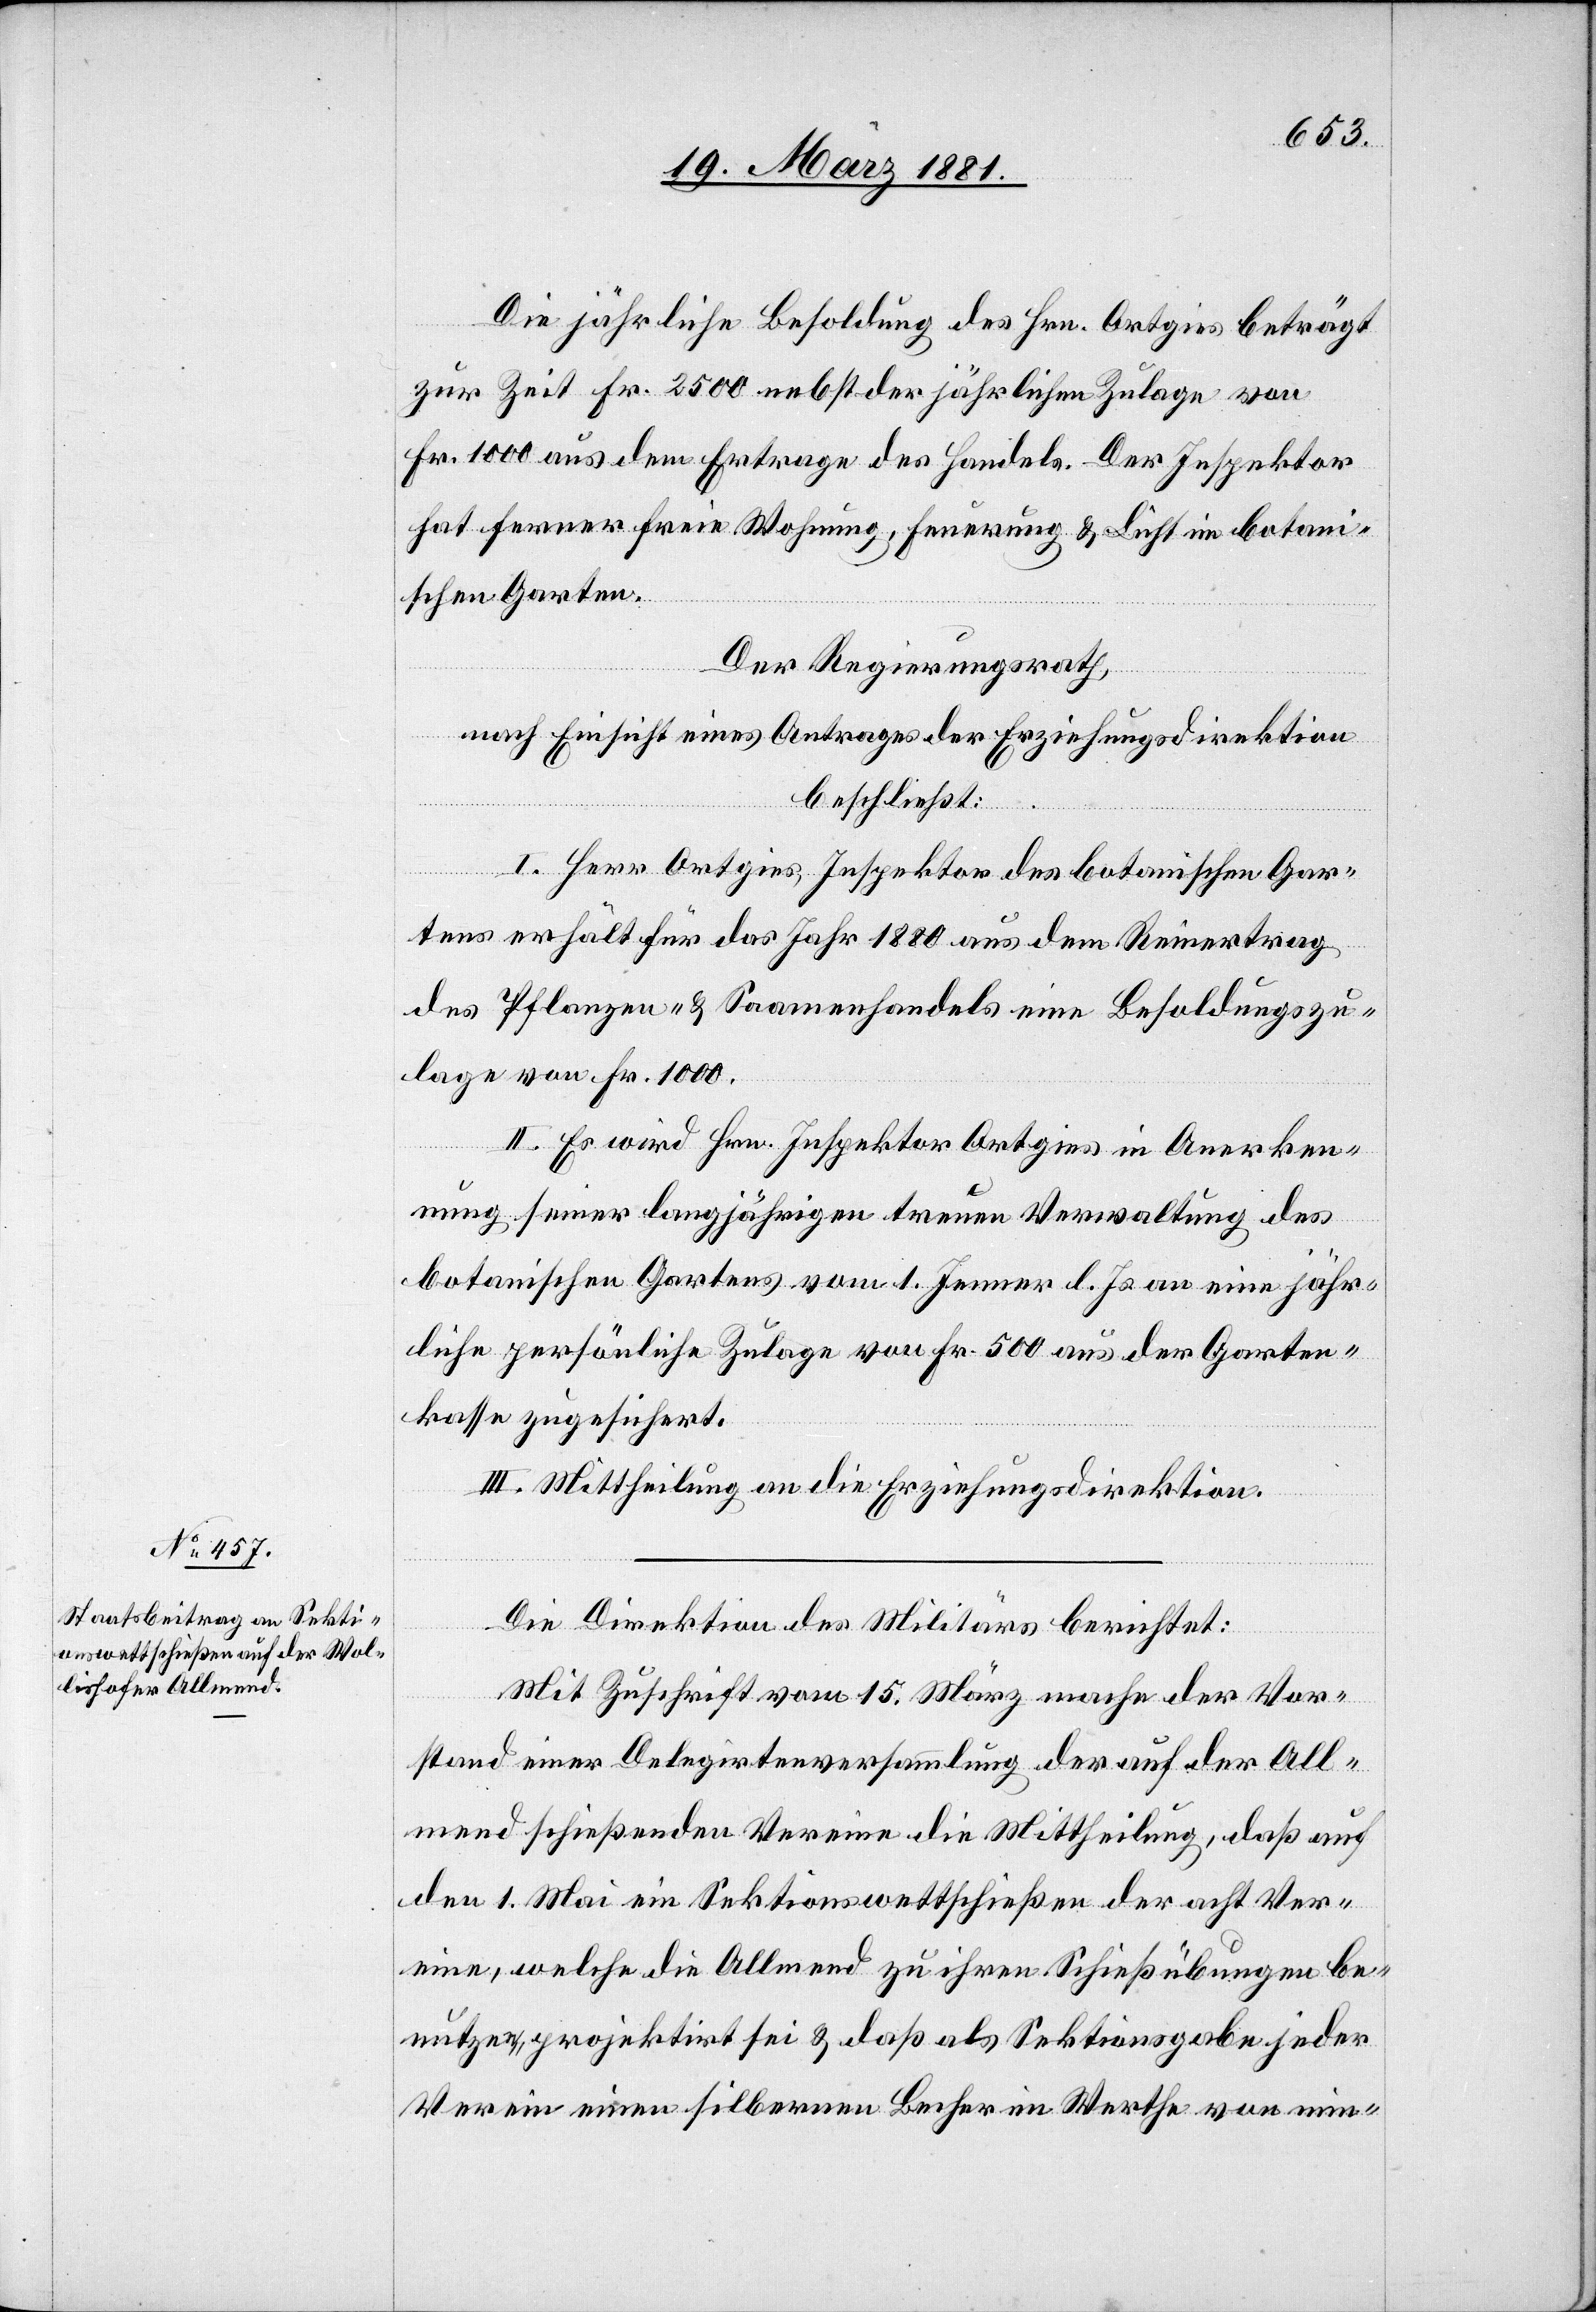
Die jährliche Besoldung des Hrn. Ortgies beträgt
zur Zeit Fr. 2500 nebst der jährlichen Zulage von
Fr. 1000 aus dem Ertrage des Handels. Der Inspektor
hat ferner freie Wohnung, Feuerung & Licht im botani¬
schen Garten.
Der Regierungsrath,
nach Einsicht eines Antrages der Erziehungsdirektion
beschließt:
I. Herr Ortgies, Inspektor des botanischen Gar¬
tens erhält für das Jahr 1880 aus dem Reinertrag
des Pflanzen- & Saamenhandels eine Besoldungszu¬
lage von Fr. 1000.
II. Es wird Hrn. Inspektor Ortgies in Anerken¬
nung seiner langjährigen treuen Verwaltung des
botanischen Gartens vom 1. Jenner l. Js. an eine jähr¬
liche persönliche Zulage von Fr. 500 aus der Garten¬
kasse zugesichert.
III. Mittheilung an die Erziehungsdirektion.
Die Direktion des Militärs berichtet:
Mit Zuschrift vom 15. März mache der Vor¬
stand einer Delegirtenversammlung der auf der All¬
mend schießenden Vereine die Mittheilung, daß auf
den 1. Mai ein Sektionswettschießen der acht Ver¬
eine, welche die Allmend zu ihren Schießübungen be¬
nutzen, projektirt sei & daß als Sektionsgabe jeder
Verein einen silbernen Bescher im Werthe von min-